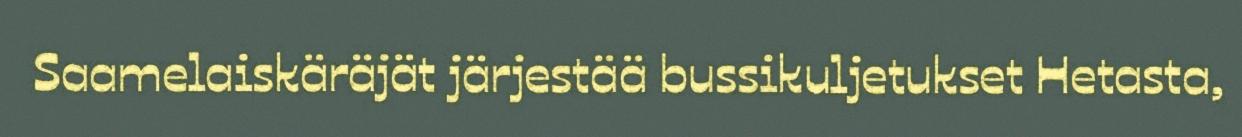
Saamelaiskäräjät järjestää bussikuljetukset Hetasta,